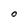
Character: O